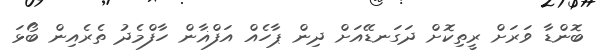
ބޮންޑާ ވަރަށް ރީތިކޮށް ދަގަނޑޭއަށް ދިން ޕާހެއް އަފްޣާން ހާފްމެދު ތެރެއިން ބޯޅަ